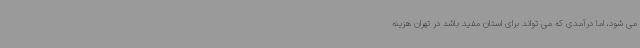
می شود، اما درآمدی که می تواند برای استان مفید باشد در تهران هزینه